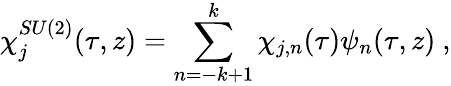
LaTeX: \chi_{j}^{SU(2)}(\tau,z)=\sum_{n=-k+1}^{k}\chi_{j,n}(\tau)\psi_{n}(\tau,z)~,